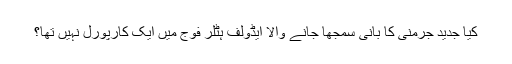
کیا جدید جرمنی کا بانی سمجھا جانے والا ایڈولف ہٹلر فوج میں ایک کارپورل نہیں تھا؟